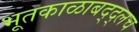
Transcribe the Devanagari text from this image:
भूतकाळाबद्द्लच